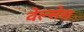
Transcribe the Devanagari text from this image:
वेल्सेस